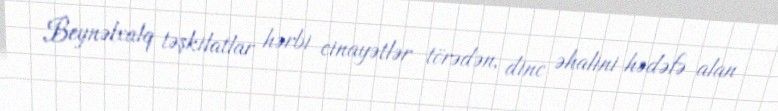
Beynəlxalq təşkilatlar hərbi cinayətlər törədən, dinc əhalini hədəfə alan